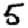
Digit: 5